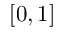
[ 0 , 1 ]